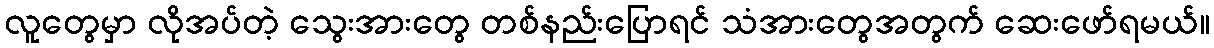
လူတွေမှာ လိုအပ်တဲ့ သွေးအားတွေ တစ်နည်းပြောရင် သံအားတွေအတွက် ဆေးဖော်ရမယ်။